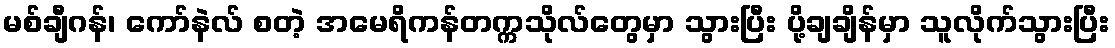
မစ်ချီဂန်၊ ကော်နဲလ် စတဲ့ အမေရိကန်တက္ကသိုလ်တွေမှာ သွားပြီး ပို့ချချိန်မှာ သူလိုက်သွားပြီး